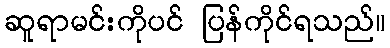
ဆူရာမင်းကိုပင် ပြန်ကိုင်ရသည်။